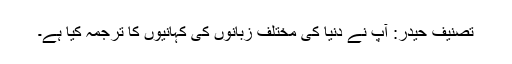
تصنیف حیدر: آپ نے دنیا کی مختلف زبانوں کی کہانیوں کا ترجمہ کیا ہے۔